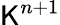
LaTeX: \mathsf{K}^{n+1}